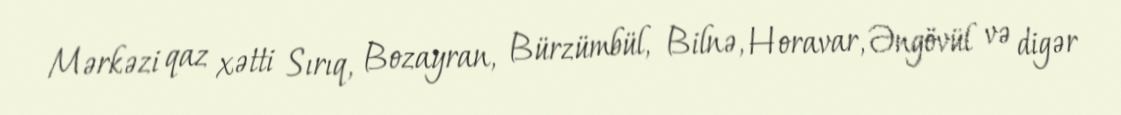
Mərkəzi qaz xətti Sırıq, Bozayran, Bürzümbül, Bilnə, Horavar, Əngövül və digər